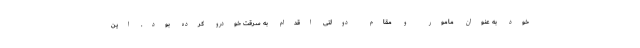
خود به عنوان مامور و مقام دولتی اقدام به سرقت خودرو کرده بود. این